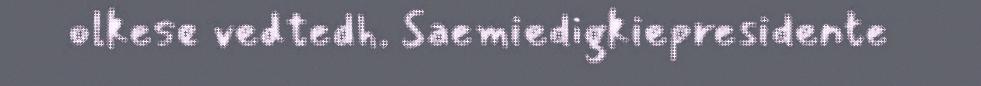
olkese vedtedh. Saemiedigkiepresidente